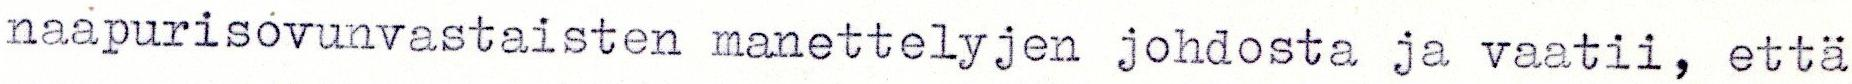
naapurisovunvastaisten menettelyjen johdosta ja vaatii, että